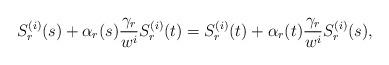
LaTeX: \begin{align*}S_r^{(i)}(s)+\alpha_r(s)\frac{\gamma_r}{w^i} S_r^{(i)}(t)=S_r^{(i)}(t)+\alpha_r(t)\frac{\gamma_r}{w^i} S_r^{(i)}(s),\end{align*}